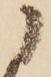
に